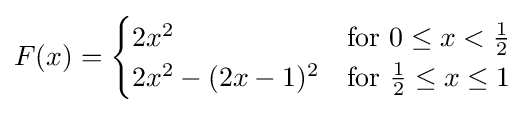
F(x)={\begin{cases}2x^{2}&{\text{for }}0\leq x<{\frac {1}{2}}\\2x^{2}-(2x-1)^{2}&{\text{for }}{\frac {1}{2}}\leq x\leq 1\end{cases}}